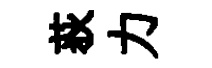
荻力